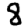
Digit: 8